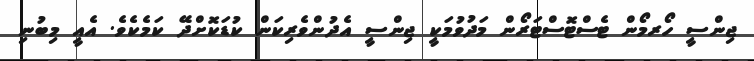
ޖިންސީ ހޯރމޯން ޓެސްޓޮސްޓަރޯން މަދުވުމަކީ ޖިންސީ އެދުންވެރިކަން ކުޑަކޮށްދޭ ކަމެކެވެ. އެއީ މިބުނި